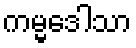
ကမ္မဒေါသာ